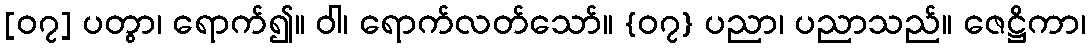
[၀၇] ပတွာ၊ ရောက်၍။ ဝါ၊ ရောက်လတ်သော်။ {၀၇} ပညာ၊ ပညာသည်။ ဇေဋ္ဌိကာ၊